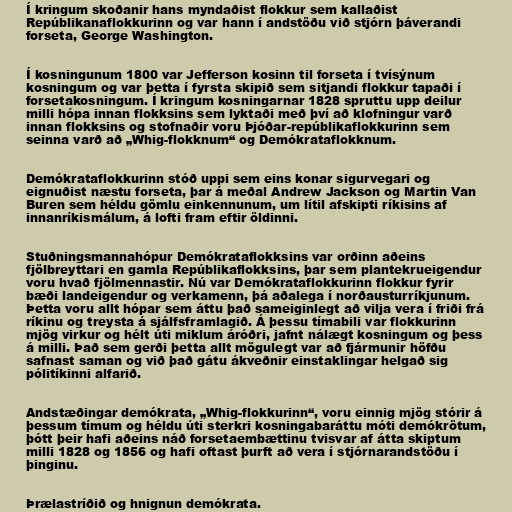
Í kringum skoðanir hans myndaðist flokkur sem kallaðist
Repúblikanaflokkurinn og var hann í andstöðu við stjórn þáverandi
forseta, George Washington.

Í kosningunum 1800 var Jefferson kosinn til forseta í tvísýnum
kosningum og var þetta í fyrsta skipið sem sitjandi flokkur tapaði í
forsetakosningum. Í kringum kosningarnar 1828 spruttu upp deilur
milli hópa innan flokksins sem lyktaði með því að klofningur varð
innan flokksins og stofnaðir voru Þjóðar-repúblikaflokkurinn sem
seinna varð að „Whig-flokknum“ og Demókrataflokknum.

Demókrataflokkurinn stóð uppi sem eins konar sigurvegari og
eignuðist næstu forseta, þar á meðal Andrew Jackson og Martin Van
Buren sem héldu gömlu einkennunum, um lítil afskipti ríkisins af
innanríkismálum, á lofti fram eftir öldinni.

Stuðningsmannahópur Demókrataflokksins var orðinn aðeins
fjölbreyttari en gamla Repúblikaflokksins, þar sem plantekrueigendur
voru hvað fjölmennastir. Nú var Demókrataflokkurinn flokkur fyrir
bæði landeigendur og verkamenn, þá aðalega í norðausturríkjunum.
Þetta voru allt hópar sem áttu það sameiginlegt að vilja vera í friði frá
ríkinu og treysta á sjálfsframlagið. Á þessu tímabili var flokkurinn
mjög virkur og hélt úti miklum áróðri, jafnt nálægt kosningum og þess
á milli. Það sem gerði þetta allt mögulegt var að fjármunir höfðu
safnast saman og við það gátu ákveðnir einstaklingar helgað sig
pólitíkinni alfarið.

Andstæðingar demókrata, „Whig-flokkurinn“, voru einnig mjög stórir á
þessum tímum og héldu úti sterkri kosningabaráttu móti demókrötum,
þótt þeir hafi aðeins náð forsetaembættinu tvisvar af átta skiptum
milli 1828 og 1856 og hafi oftast þurft að vera í stjórnarandstöðu í
þinginu.

Þrælastríðið og hnignun demókrata.